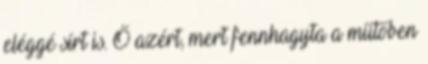
eléggé sírt is. Ő azért, mert fennhagyta a műtőben